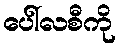
ပေါ်လစီကို